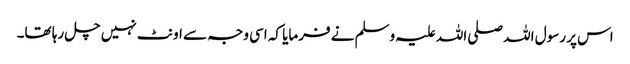
اس پر رسول اللہ صلی اللہ علیہ وسلم نے فرمایا کہ اسی وجہ سے اونٹ نہیں چل رہا تھا۔